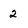
Character: 2